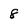
Character: 8